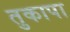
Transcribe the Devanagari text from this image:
तुकापा